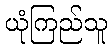
ယုံကြည်သူ